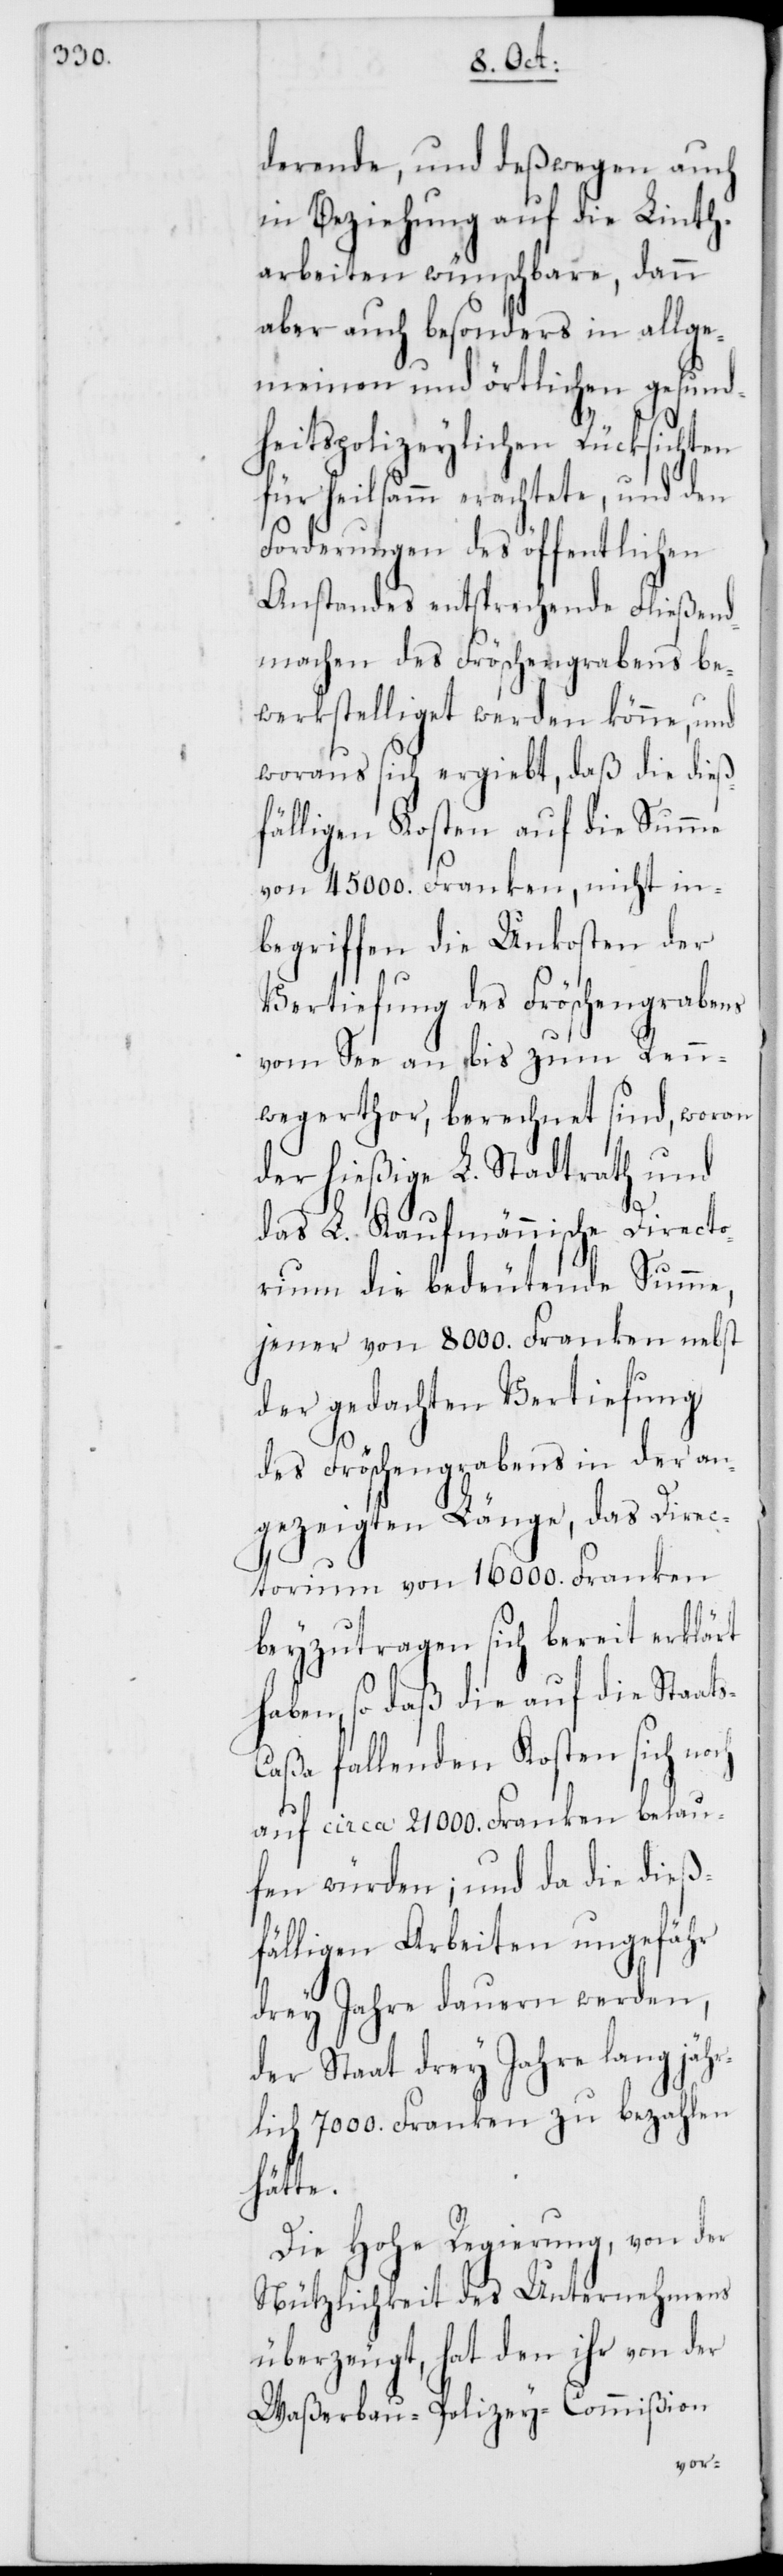
derende, und deßwegen auch
in Beziehung auf die Linth¬
arbeiten wünschbare, dann
aber auch besonders in allge¬
meinen und örtlichen gesund¬
heitspolizeylichen Rücksichten
für heilsamm erachtete, und den
Forderungen des öffentlichen
Anstandes entsprechende Fließend¬
machen des Fröschengrabens be¬
werkstelliget werden könne, und
woraus sich ergiebt, daß die dieß¬
fälligen Kosten auf die Summe
von 45 000. Franken, nicht in¬
begriffen die Unkosten der
Vertiefung des Fröschengrabens
vom See an bis zum Renn¬
wegerthor, berechnet sind, woran
der hießige L. Stadtrath und
das L. Kaufmännische Directo¬
rio die bedeutende Summe,
jener von 8000. Franken nebst
der gedachten Vertiefung
des Fröschengrabens in der an¬
gezeigten Länge, das Direc¬
torium von 16 000. Franken
beyzutragen sich bereit erklärt
haben, so daß die auf die Staat¬
s-Caßa fallenden Kosten sich noch
auf circa 21 000. Franken belau¬
fen würden; und da die dieß¬
fälligen Arbeiten ungefähr
drey Jahre dauern werden,
der Staat drey Jahre lang jähr¬
lich 7000. Franken zu bezahlen
hätte.
Die Hohe Regierung, von der
Nützlichkeit des Unternehmens
überzeugt, hat den ihr von der
Waßerbau-Polizey-Commißion